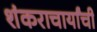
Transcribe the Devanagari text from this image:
शंकराचार्यांची